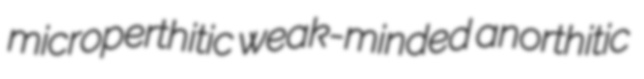
microperthitic weak-minded anorthitic